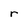
Character: r